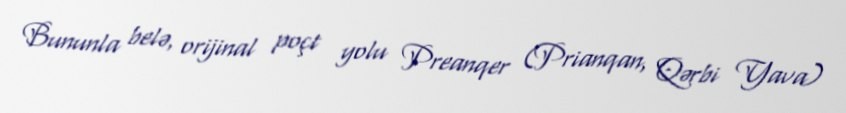
Bununla belə, orijinal poçt yolu Preanqer (Prianqan, Qərbi Yava)